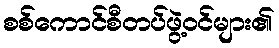
စစ်ကောင်စီတပ်ဖွဲ့ဝင်များ၏